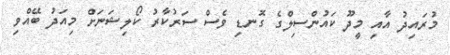
މުރައިދު އާއި މީދޫ ކައުންސިލްގެ ގޮނޑި ވެސް ސަރުކާރު ކޯލިޝަނަށް މިއަދު ބޭއްވި